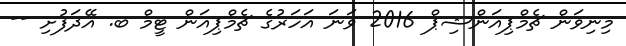
މިނިވަން ޗެމްޕިއަންޝިޕް 2016 ވަނަ އަހަރުގެ ޗެމްޕިއަން ޓީމް ބ. އޭދަފުށި --